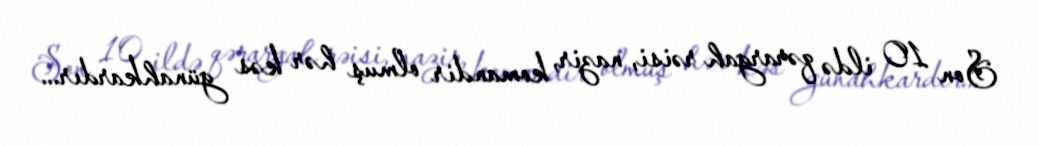
Son 10 ildə qərargah rəisi, nazir, komandir olmuş hər kəs günahkardır...